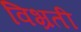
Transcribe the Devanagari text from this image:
विभ्रती